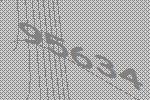
95634